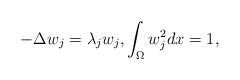
LaTeX: \begin{align*}-\Delta w_j=\lambda_jw_j, \int_{\Omega}w_j^2dx = 1,\end{align*}